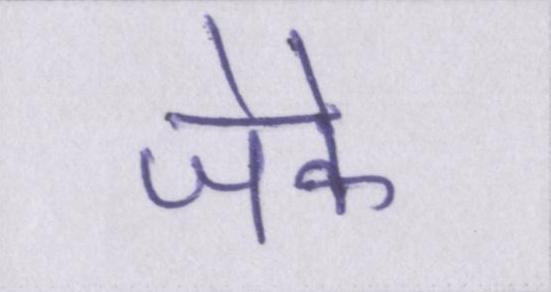
जेके